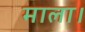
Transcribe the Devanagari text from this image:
माला।